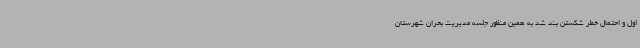
اول و احتمال خطر شکستن بند شد به همین منظور جلسه مدیریت بحران شهرستان